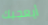
أيعجبك